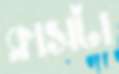
ক্লাসটা